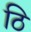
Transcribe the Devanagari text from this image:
ठि